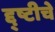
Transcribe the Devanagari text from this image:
द्द्ष्टीचे